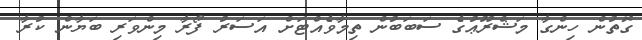
ގޮތުން ހިންގާ މަޝްރޫޢުގެ ސަބަބުން ތިމާވެއްޓަށް އަސަރު ފޯރާ މިންވަރި ބަޔާން ކުރާ